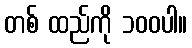
တစ် ထည်ကို ၁၀၀ပါ။